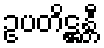
ဥပတိဋ္ဌန္တီ